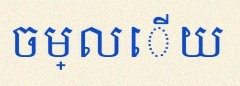
ចម្លើយ